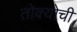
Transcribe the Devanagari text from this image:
तोक्योची